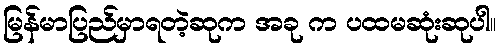
မြန်မာပြည်မှာရတဲ့ဆုက အခု က ပထမဆုံးဆုပါ။